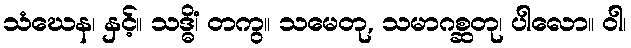
သံဃေန၊ နှင့်။ သဒ္ဓိံ၊ တကွ။ သမေတု, သမာဂစ္ဆတု၊ ပါလော။ ဝါ၊